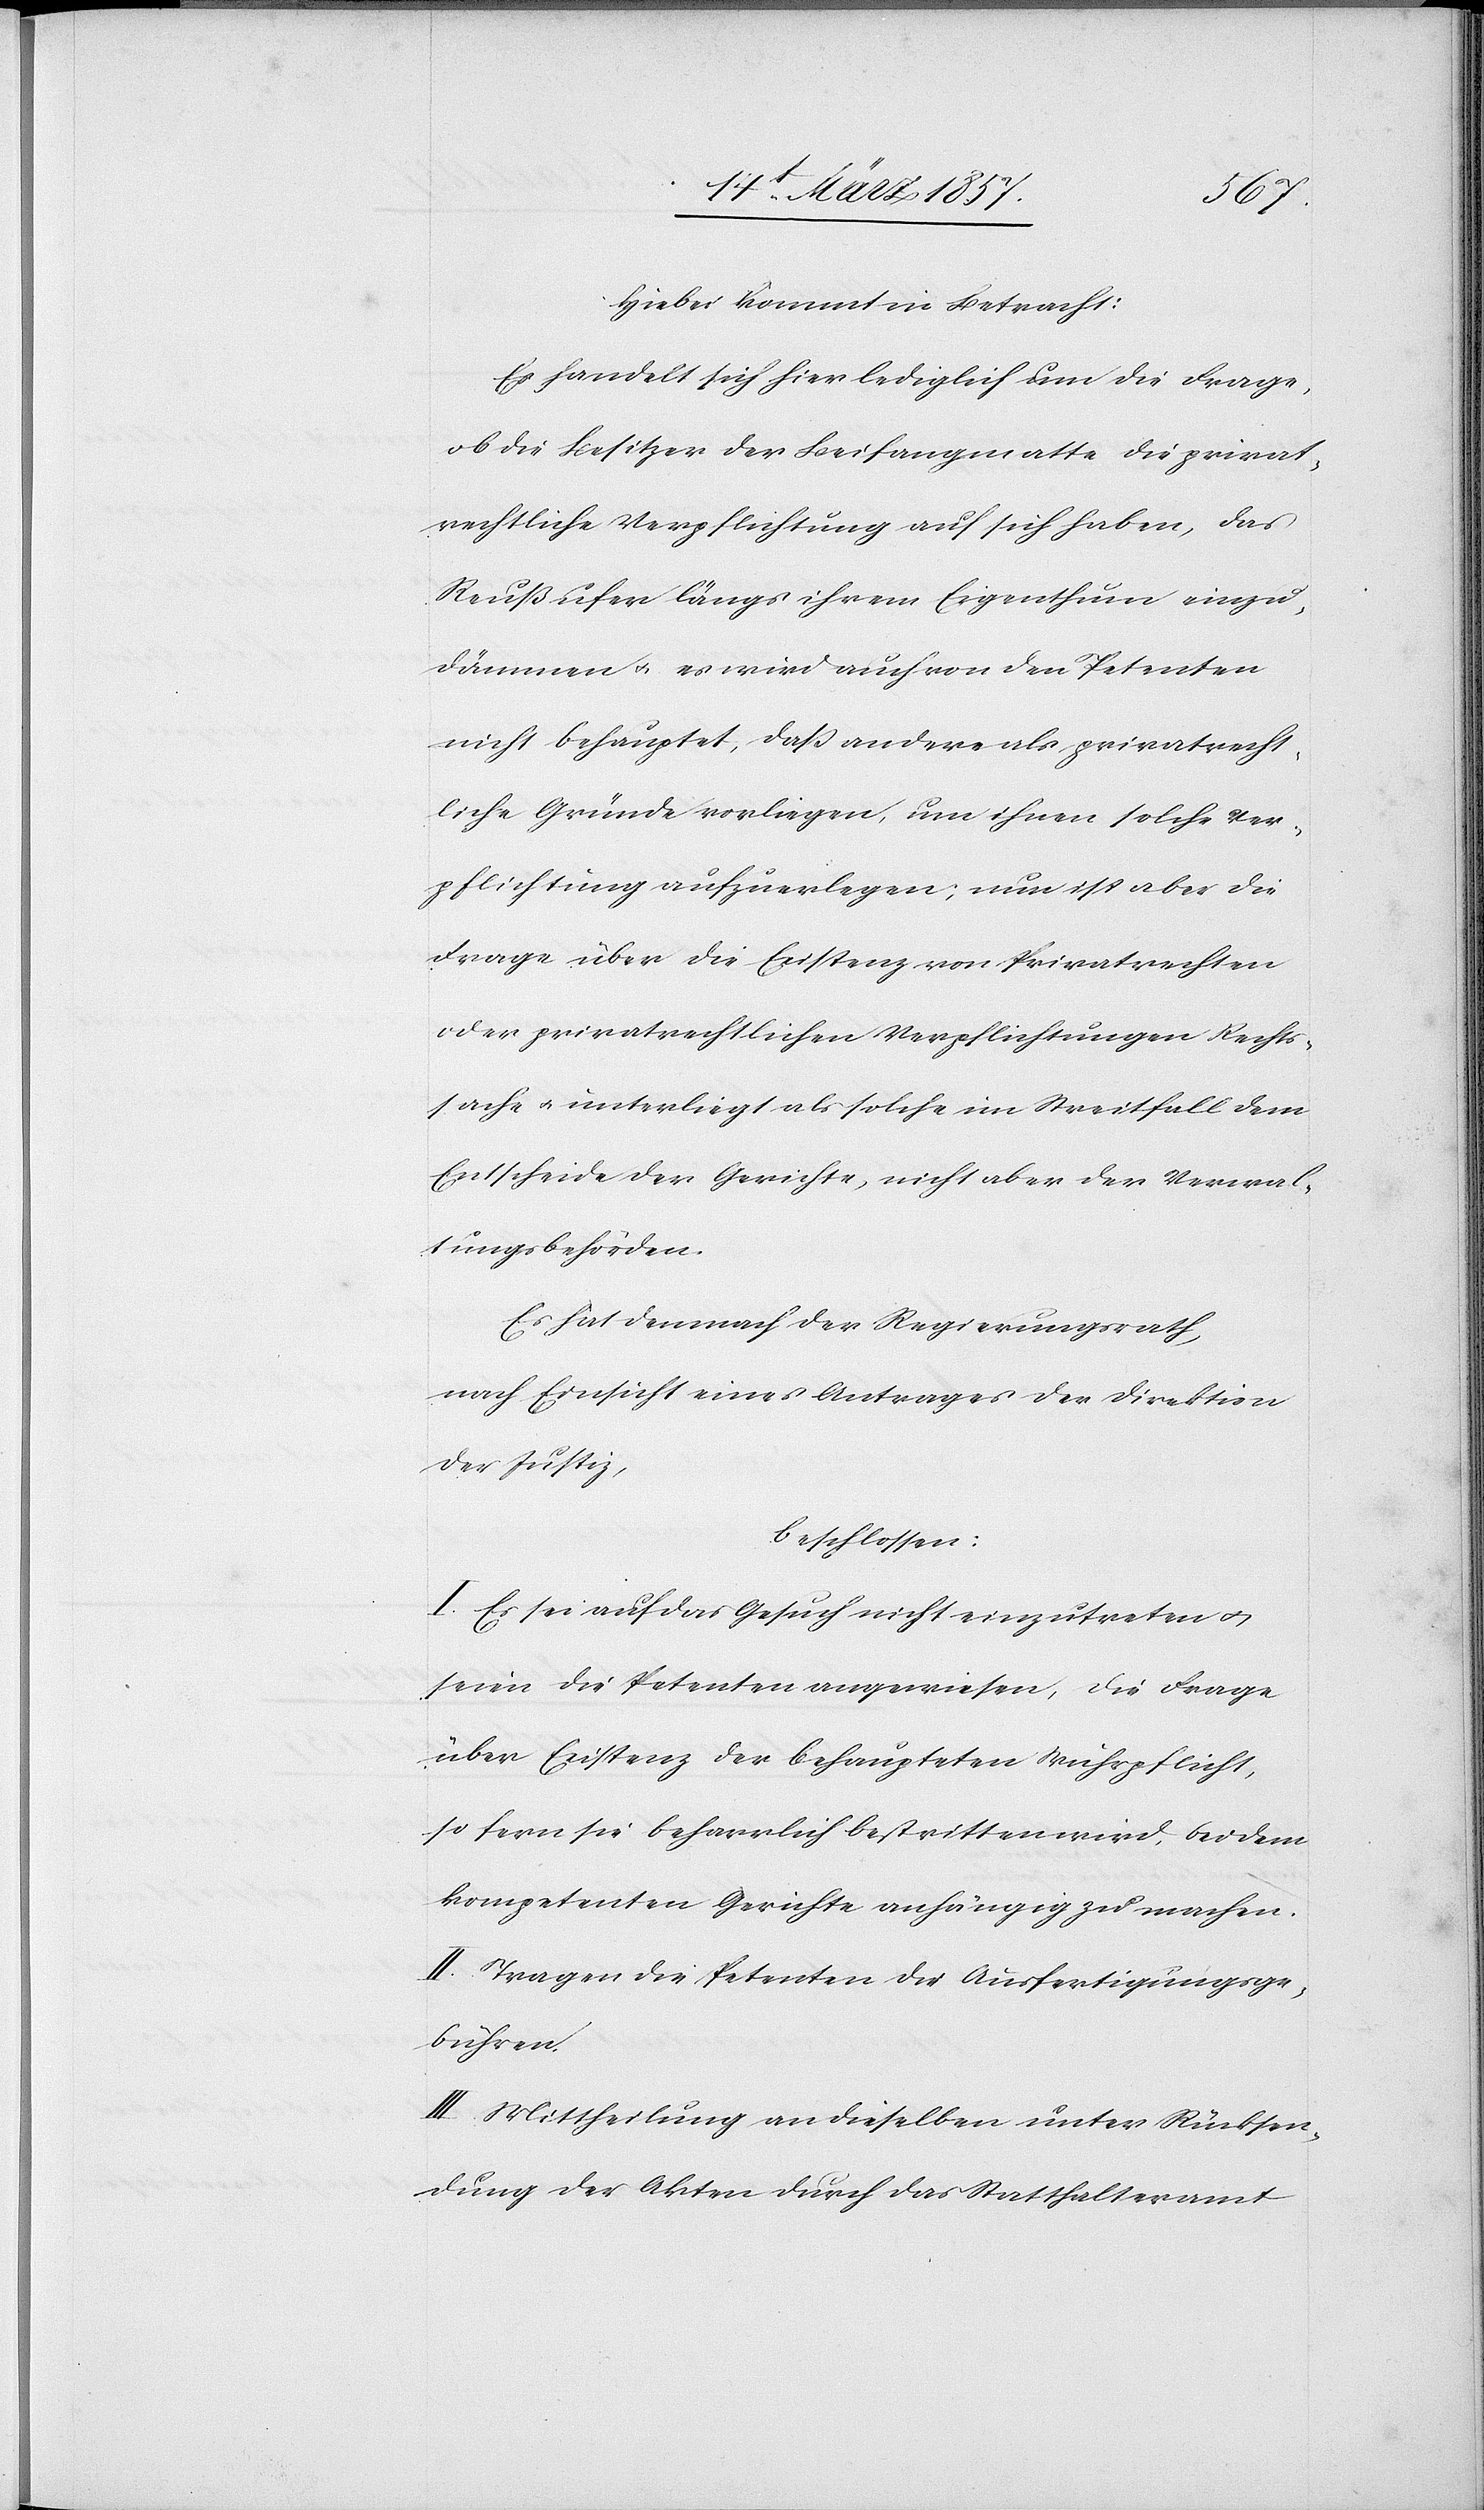
Hiebei kommt in Betracht:
Es handelt sich hier lediglich um die Frage,
ob die Besitzer der Beifangmatte die privat¬
rechtliche Verpflichtung auf sich haben, das
Reußufer längs ihrem Eigenthum einzu¬
dämmen u. es wird auch von den Petenten
nicht behauptet, daß andere als privatrecht¬
liche Gründe vorliegen, um ihnen solche Ver¬
pflichtung aufzuerlegen; nun ist aber die
Frage über die Existenz von Privatrechten
oder privatrechtlichen Verpflichtungen Rechts¬
sache u. unterliegt als solche im Streitfall dem
Entscheide der Gerichte, nicht aber der Verwal¬
tungsbehörden.
Es hat demnach der Regierungsrath,
nach Einsicht eines Antrages der Direktion
der Justiz,
beschlossen:
I. Es sei auf das Gesuch nicht einzutreten u.
seien die Petenten angewiesen, die Frage
über Existenz der behaupteten Wuhrpflicht,
so fern sie beharrlich bestritten wird, bei dem
kompetenten Gerichte anhängig zu machen.
II. Tragen die Petenten die Ausfertigungsge¬
bühren.
III. Mittheilung an dieselben unter Rücksen¬
dung der Akten durch das Statthalteramt